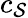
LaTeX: c_{\mathcal{S}}